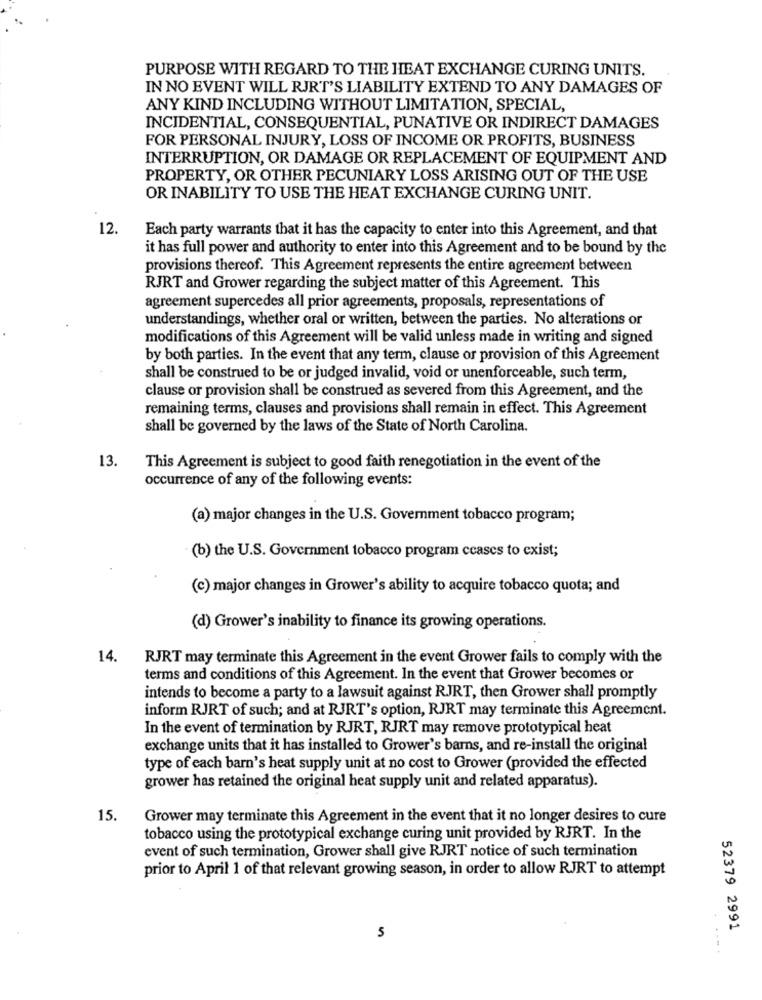
PURPOSE WITH REGARD TO THE HEAT EXCHANGE CURING UNITS.
IN NO EVENT WILL RJRT'S LIABILITY EXTEND TO ANY DAMAGES OF
ANY KIND INCLUDING WITHOUT LIMITATION, SPECIAL,
INCIDENTIAL, CONSEQUENTIAL, PUNATIVE OR INDIRECT DAMAGES
FOR PERSONAL INJURY, LOSS OF INCOME OR PROFITS, BUSINESS
INTERRUPTION, OR DAMAGE OR REPLACEMENT OF EQUIPMENT AND
PROPERTY, OR OTHER PECUNIARY LOSS ARISING OUT OF THE USE
OR INABILITY TO USE THE HEAT EXCHANGE CURING UNIT.
12.
Each party warrants that it has the capacity to enter into this Agreement, and that
it has full power and authority to enter into this Agreement and to be bound by the
provisions thereof. This Agreement represents the entire agreement between
RJRT and Grower regarding the subject matter of this Agreement. This
agreement supercedes all prior agreements, proposals, representations of
understandings, whether oral or written, between the parties. No alterations or
modifications of this Agreement will be valid unless made in writing and signed
by both parties. In the event that any term, clause or provision of this Agreement
shall be construed to be or judged invalid, void or unenforceable, such term,
clause or provision shall be construed as severed from this Agreement, and the
remaining terms, clauses and provisions shall remain in effect. This Agreement
shall be governed by the laws of the State of North Carolina.
13.
This Agreement is subject to good faith renegotiation in the event of the
occurrence of any of the following events:
(a) major changes in the U.S. Government tobacco program;
(b) the U.S. Government tobacco program ccascs to exist;
(c) major changes in Grower's ability to acquire tobacco quota; and
(d) Grower's inability to finance its growing operations.
14. RJRT may terminate this Agreement in the event Grower fails to comply with the
terms and conditions of this Agreement. In the event that Grower becomes or
intends to become a party to a lawsuit against RJRT, then Grower shall promptly
inform RJRT of such; and at RJRT's option, RJRT may terminate this Agreement.
In the event of termination by RJRT, RJRT may remove prototypical heat
exchange units that it has installed to Grower's bars, and re-install the original
type of each barn's heat supply unit at no cost to Grower (provided the effected
grower has retained the original heat supply unit and related apparatus).
15.
Grower may terminate this Agreement in the event that it no longer desires to cure
tobacco using the prototypical exchange curing unit provided by RJRT. In the
event of such termination, Grower shall give RJRT notice of such termination
prior to April 1 of that relevant growing season, in order to allow RJRT to attempt
52379 2991
5
.....